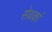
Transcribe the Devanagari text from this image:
सेवकां